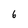
Character: 6